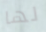
لها